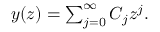
\begin{array} { r } { y ( z ) = \sum _ { j = 0 } ^ { \infty } C _ { j } z ^ { j } . } \end{array}